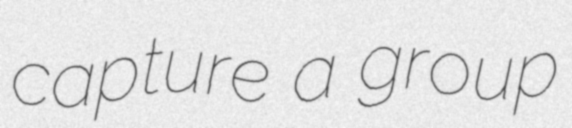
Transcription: capture a group